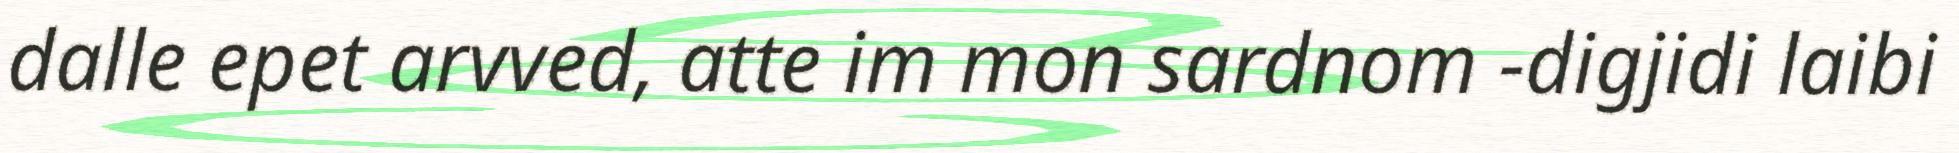
dalle epet arvved, atte im mon sardnom -digjidi laibi